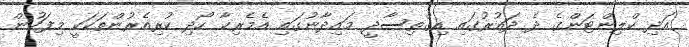
އަދި ކްލިންޓަންގެ ދެ ދައުރުގައި އިގްތިސާދީ މައިދާނުގައި އެމެރިކާ ހޯދި ކުރިއެރުންތަކަކީ މިފަހުން